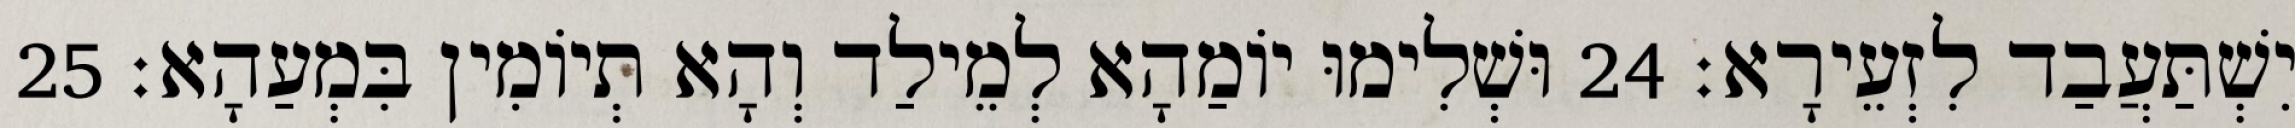
יִשְׁתַּעֲבַד לִזְעֵירָא׃ 24 וּשְׁלִימוּ יוֹמַהָא לְמֵילַד וְהָא תְיוֹמִין בִּמְעַהָא׃ 25